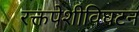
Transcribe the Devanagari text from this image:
रक्तपेशीविघटन